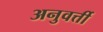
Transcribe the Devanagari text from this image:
अनुवर्त्ती